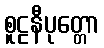
စူဠနီပုတ္တော